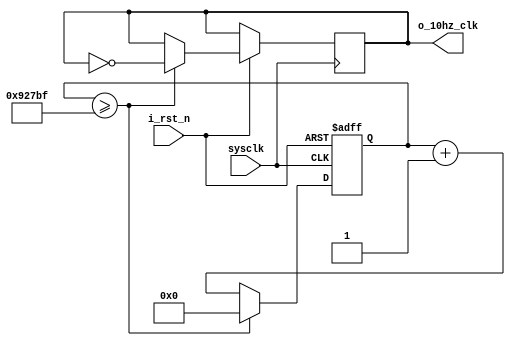
`timescale 1ns / 1ps

module prescaler_10hz(
    input sysclk,
    input i_rst_n,
    output o_10hz_clk
    );

    reg r_10hz_clk;
    reg [31:0] counter = 0;

    always @(posedge sysclk or negedge i_rst_n) begin
        if (!i_rst_n) begin
            counter <= 0;
        end
        else begin
            if (counter >= 600000 - 1) begin
                counter <= 0;
                r_10hz_clk <= ~r_10hz_clk;
            end
            else begin
                counter <= counter + 1;
            end
        end
    end

    assign o_10hz_clk = r_10hz_clk;

endmodule